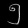
Digit: ၅